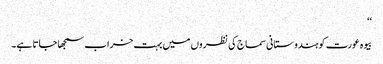
‘‘
بیوہ عورت کو ہندوستانی سماج کی نظروں میں بہت خراب سمجھا جاتا ہے۔